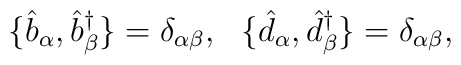
\{\hat{b}_{\alpha}, \hat{b}^{\dagger}_{\beta} \} = \delta_{\alpha\beta},~~ \{\hat{d}_{\alpha}, \hat{d}^{\dagger}_{\beta} \} =\delta_{\alpha \beta},